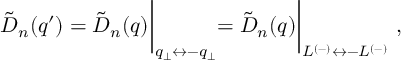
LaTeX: \tilde { D } _ { n } ( q ^ { \prime } ) = \tilde { D } _ { n } ( q ) \biggl | _ { q _ { \perp } \leftrightarrow - q _ { \perp } } = \tilde { D } _ { n } ( q ) \biggl | _ { L ^ { ( - ) } \leftrightarrow - L ^ { ( - ) } } ~ ,